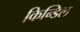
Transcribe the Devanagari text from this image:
किन्डिल